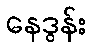
နေဒွန်း